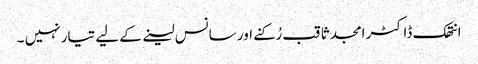
انتھک ڈاکٹر امجد ثاقب رُکنے اور سانس لینے کے لیے تیار نہیں ۔